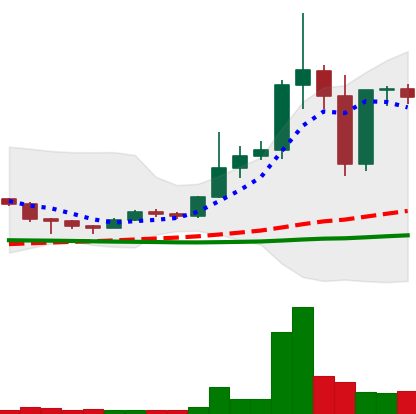
Ticker: DOGE-USD
Chart end date: 2020-12-26
Forward return: 4.183%
Label: up_3_5